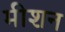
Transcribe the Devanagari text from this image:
मीशन